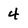
Character: 4